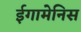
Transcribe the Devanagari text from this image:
ईगामेनिस